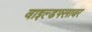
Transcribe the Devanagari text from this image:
वाइल्डफ्लावर